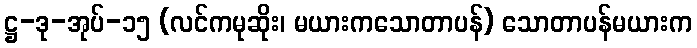
ဋ္ဌ-ဒု-အုပ်-၁၅ (လင်ကမုဆိုး၊ မယားကသောတာပန်) သောတာပန်မယားက